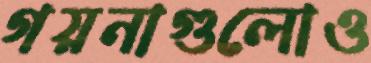
গয়নাগুলোও